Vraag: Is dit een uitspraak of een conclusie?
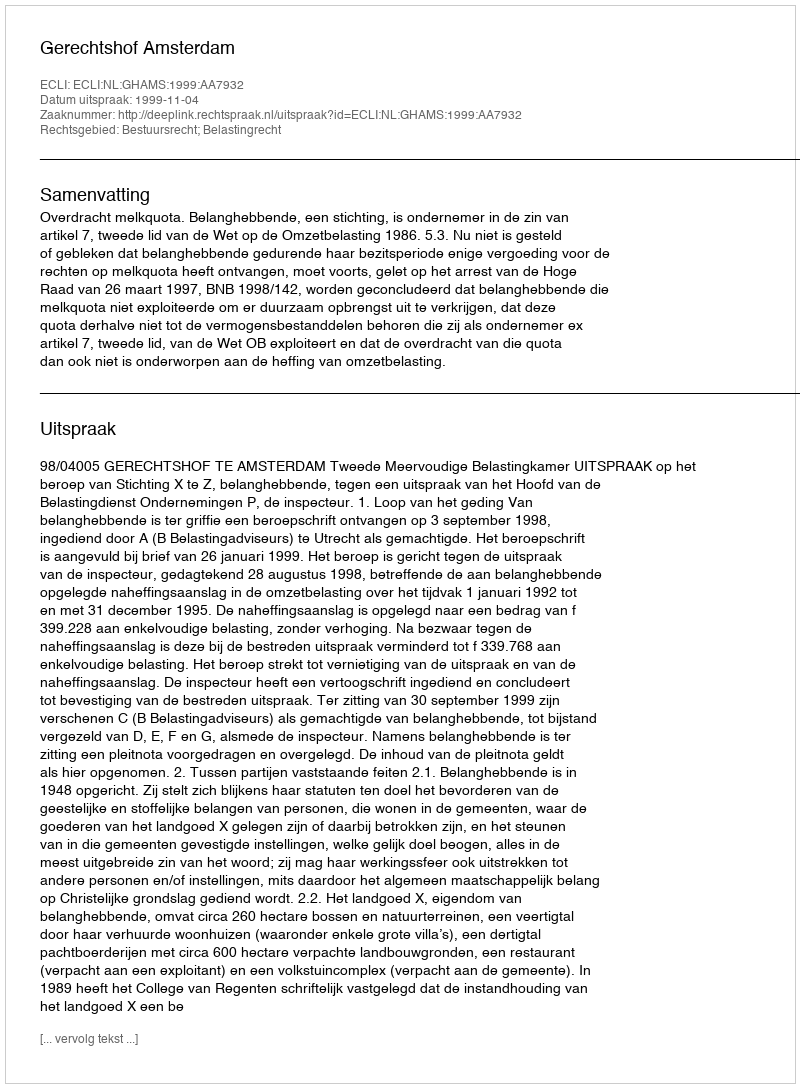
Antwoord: Uitspraak